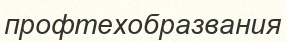
профтехобразвания